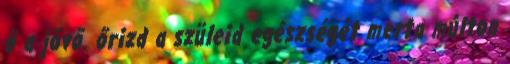
ő a jövő. őrizd a szüleid egészségét merta múlton